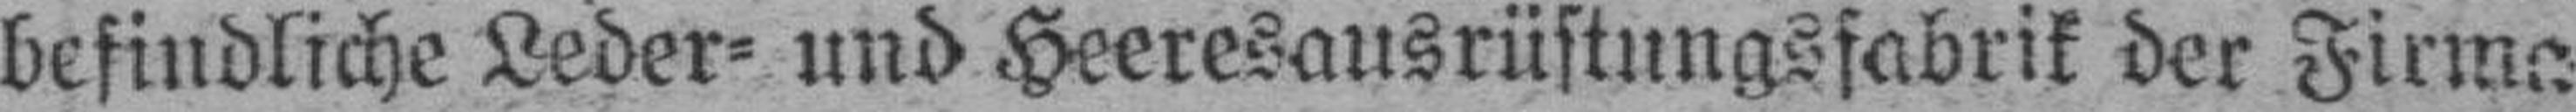
befindliche Leder= und Heeresausrüstungsfabrik der Firma